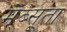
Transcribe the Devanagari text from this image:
मेब्सूता